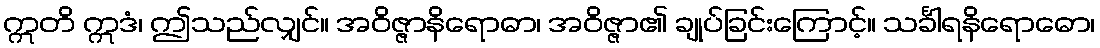
ဣတိ ဣဒံ၊ ဤသည်လျှင်။ အဝိဇ္ဇာနိရောဓာ၊ အဝိဇ္ဇာ၏ ချုပ်ခြင်းကြောင့်။ သင်္ခါရနိရောဓော၊